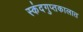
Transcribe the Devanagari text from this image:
स्कंदगुप्तकालात